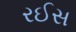
રઈસ